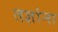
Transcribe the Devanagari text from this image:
तज्ञांना